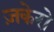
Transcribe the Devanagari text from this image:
ज़केरो